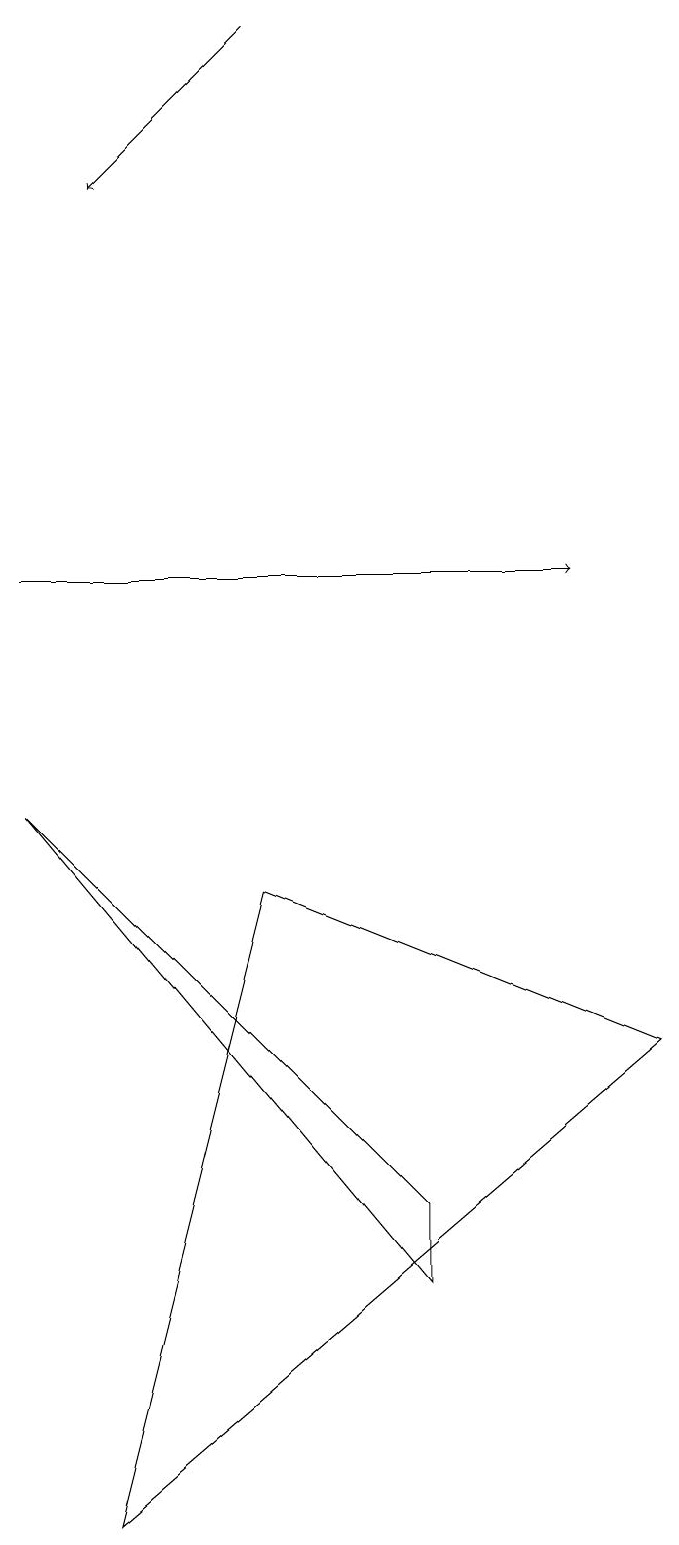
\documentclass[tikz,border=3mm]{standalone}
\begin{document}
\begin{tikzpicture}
\draw[->] (3,19) -- (1,17);
\draw (8,6) -- (3,8) -- (1,0) -- cycle;
\draw[->] (0,12) -- (7,12);
\draw (0,9) -- (5,3) -- (5,4) -- cycle;
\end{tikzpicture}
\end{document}